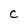
Character: C